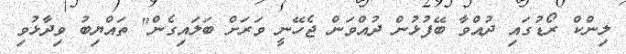
ލިންކް ރޯޑުގައި ދުއްވާ ބޭފުޅުން ދުއްވަން ޖެހޭނީ ވަރަށް ބަލައިގެން" ތައްޔިބު ވިދާޅުވި